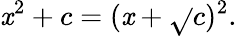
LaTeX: \displaystyle\mathit{x}^{2}+c=(\mathit{x}+{\sqrt{}{{c}}})^{2}.